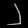
Digit: ၂